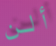
ألن